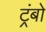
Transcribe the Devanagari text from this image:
ट्रंबो